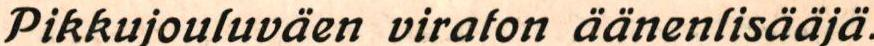
Pikkujouluväen viraton äanenlisääjä.